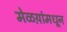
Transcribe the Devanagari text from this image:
मेळय़ांमधून